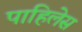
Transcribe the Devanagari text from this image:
पाहिलेस